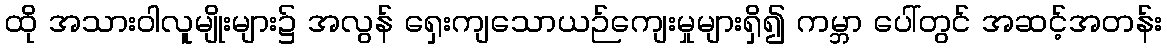
ထို အသားဝါလူမျိုးများ၌ အလွန် ရှေးကျသောယဉ်ကျေးမှုများရှိ၍ ကမ္ဘာ ပေါ်တွင် အဆင့်အတန်း